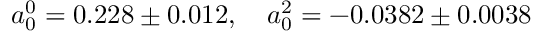
a _ { 0 } ^ { 0 } = 0 . 2 2 8 \pm 0 . 0 1 2 , \quad a _ { 0 } ^ { 2 } = - 0 . 0 3 8 2 \pm 0 . 0 0 3 8